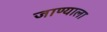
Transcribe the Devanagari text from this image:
जाण्याला